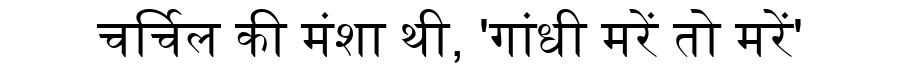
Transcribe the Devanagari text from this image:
चर्चिल की मंशा थी, 'गांधी मरें तो मरें'